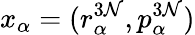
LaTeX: x_{\alpha}=(r_{\alpha}^{3\mathcal{N}},p_{\alpha}^{3\mathcal{N}})